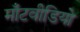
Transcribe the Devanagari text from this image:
माँटवीडियो